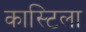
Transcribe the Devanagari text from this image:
कास्टिला